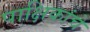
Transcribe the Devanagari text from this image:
पाक्षिकांचे